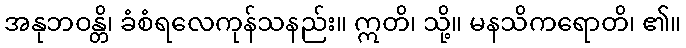
အနုဘဝန္တိ၊ ခံစံရလေကုန်သနည်း။ ဣတိ၊ သို့။ မနသိကရောတိ၊ ၏။